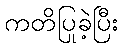
ကတိပြုခဲ့ပြီး